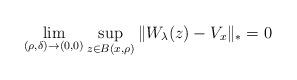
LaTeX: \begin{align*}\lim_{(\rho,\delta)\to(0,0)} \sup_{z \in B(x,\rho)}\Vert W_\lambda(z)-V_x\Vert_*=0\end{align*}